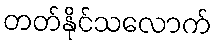
တတ်နိုင်သလောက်